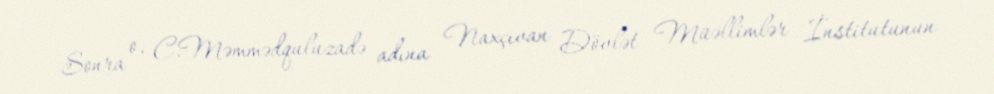
Sonra o, C.Məmmədquluzadə adına Naxçıvan Dövlət Müəllimlər İnstitutunun